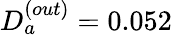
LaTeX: D_{a}^{(out)}=0.052